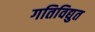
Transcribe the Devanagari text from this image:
गतिविद्युत